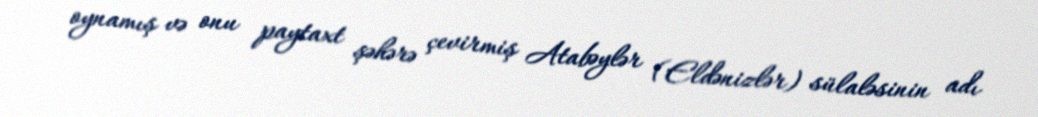
oynamış və onu paytaxt şəhərə çevirmiş Atabəylər (Eldənizlər) sülaləsinin adı